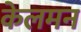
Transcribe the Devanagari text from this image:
केलमन